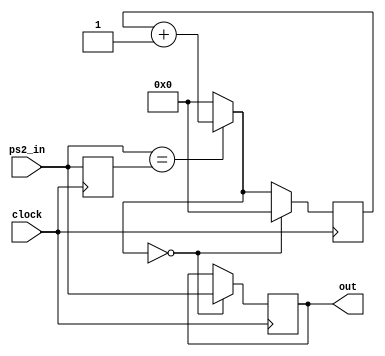
module PS2Debounce(clock, ps2_in, out);

input wire clock;
input wire [7:0] ps2_in;
output reg [7:0] out = 8'b0;

reg[7:0] prev_in = 8'b0;
reg[18:0] counter = 19'b0;

always @(posedge clock) begin
	if(ps2_in == prev_in) begin
		counter = counter + 19'd1;
	end else begin
		counter = 19'b0;
	end
	if(counter == 19'd524288) begin
		out = ps2_in;
		counter = 19'b0;
	end
	prev_in = ps2_in;
end
	
endmodule